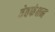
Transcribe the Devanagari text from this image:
वेवफंक्षन